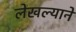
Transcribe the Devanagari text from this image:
लेखल्याने